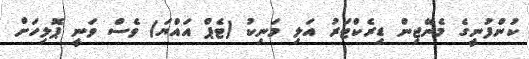
ކުންފުނީގެ މެނޭޖިން ޑިރެކްޓަރު އަލި މަނިކު (ޓެޕް އައްޔަ) ވެސް ވަނީ ޕޮލިހަށް